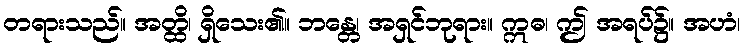
တရားသည်။ အတ္ထိ၊ ရှိသေး၏။ ဘန္တေ၊ အရှင်ဘုရား။ ဣဓ၊ ဤ အရပ်၌။ အဟံ၊